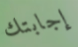
إجابتك